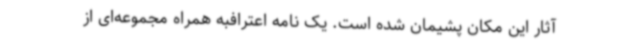
آثار این مکان پشیمان شده است. یک نامه اعترافبه همراه مجموعه‌ای از